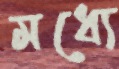
মধ্যে